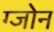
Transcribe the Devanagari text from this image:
ग्जोन